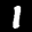
Label: 1